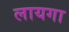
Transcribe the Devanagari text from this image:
लायगा